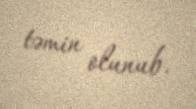
təmin olunub.